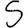
Digit: 5